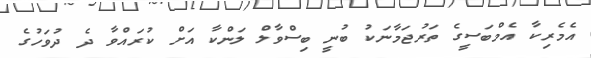
އެމެރިކާ އެމްބަސީގެ ތަރުޖަމާނަކު ބުނީ ބިސްވާލް ލަންކާ އަށް ކުރައްވާ ދެ ދުވަހުގެ